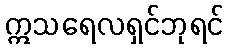
ဣသရေလရှင်ဘုရင်